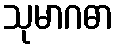
သုမာဂဓာ